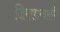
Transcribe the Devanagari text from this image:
जिमखान्यातर्फे